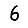
Digit: 6